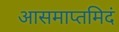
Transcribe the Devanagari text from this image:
आसमाप्तमिदं